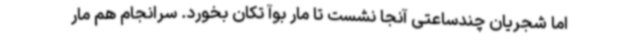
اما شجریان چندساعتی آنجا نشست تا مار بوآ تکان بخورد. سرانجام هم مار